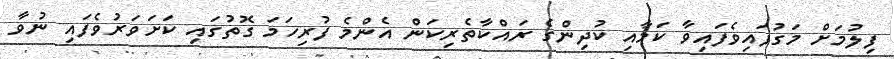
ފިލުމަށް މަގުފައިވެފައިވާ ކަމާއި ކުދިންގެ ރައްކާތެރިކަން އެންމެ ފުރިހަމަ ގޮތުގައި ކަށަވަރުވެފައި ނުވާ